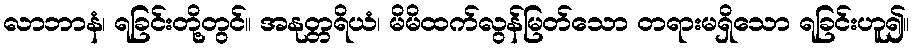
လာဘာနံ၊ ရခြင်းတို့တွင်။ အနုတ္တရိယံ၊ မိမိထက်လွန်မြတ်သော တရားမရှိသော ရခြင်းဟူ၍။